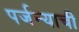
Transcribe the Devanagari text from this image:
पर्जन्याची